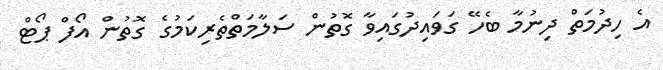
އެ ހިދުމަތް ދިނުމާ ބެހޭ ގަވައިދުގައިވާ ގޮތުން ސަލާމަތްތެރިކަމުގެ ގޮތުން އޯފް ޕޯޓް